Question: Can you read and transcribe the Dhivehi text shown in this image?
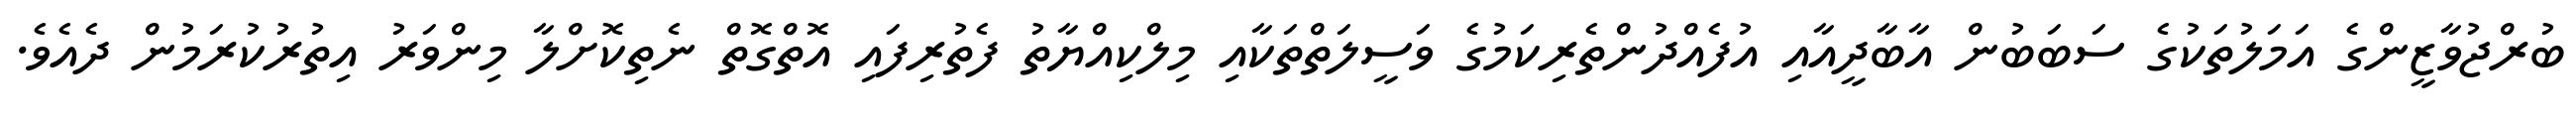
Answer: ބުރްޖުވާޒީންގެ އަމަލުތަކުގެ ސަބަބުން އާބާދީއާއި އުފެއްދުންތެރިކަމުގެ ވަސީލަތްތަކާއި މިލްކިއްޔާތު ފެތުރިފައި އޮތްގޮތް ނެތިކޮށްލާ މިންވަރު އިތުރުކުރަމުން ދެއެވެ.